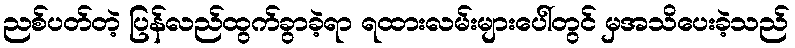
ညစ်ပတ်တဲ့ ပြန်လည်ထွက်ခွာခဲ့ရာ ရထားလမ်းများပေါ်တွင် မှအသိပေးခဲ့သည်